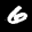
Label: 6